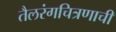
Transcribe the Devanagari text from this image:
तैलरंगचित्रणाची